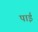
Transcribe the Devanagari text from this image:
पाईंं